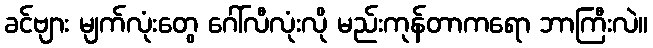
ခင်ဗျား မျက်လုံးတွေ ဂေါ်လီလုံးလို မည်းကုန်တာကရော ဘာကြီးလဲ။